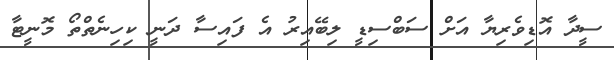
ސީދާ އޮޑިވެރިޔާ އަށް ސަބްސިޑީ ލިބޭއިރު އެ ފައިސާ ދަނީ ކިހިނެތްތޯ މޮނީޓާ